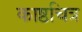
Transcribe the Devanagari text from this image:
काष्ठचित्र